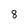
Character: 8